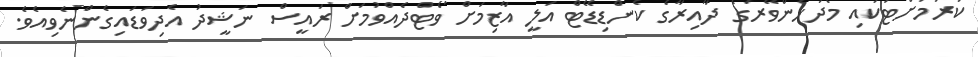
ކުރުމަށްޓަކައި މެދުހެންވޭރުގެ ދާއިރާގެ ކެންޑިޑޭޓް އަލީ އާޒިމަށް ވޯޓްދެއްވުމަށް ރައީސް ނަޝީދު އެދިވަޑައިގެންނެވިއެވެ.